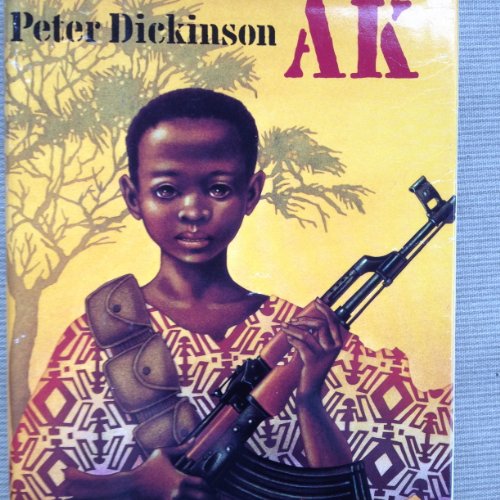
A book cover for A K; Peter Dickinson; Teen & Young Adult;